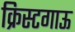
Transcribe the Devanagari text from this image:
क्रिस्टगाऊ